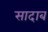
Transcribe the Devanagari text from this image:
सादाब